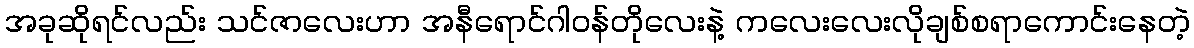
အခုဆိုရင်လည်း သင်ဇာလေးဟာ အနီရောင်ဂါဝန်တိုလေးနဲ့ ကလေးလေးလိုချစ်စရာကောင်းနေတဲ့